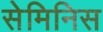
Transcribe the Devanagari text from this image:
सेमिनिस